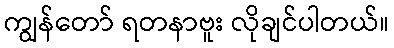
ကျွန်တော် ရတနာဗူး လိုချင်ပါတယ်။